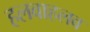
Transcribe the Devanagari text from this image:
हलवाहलव